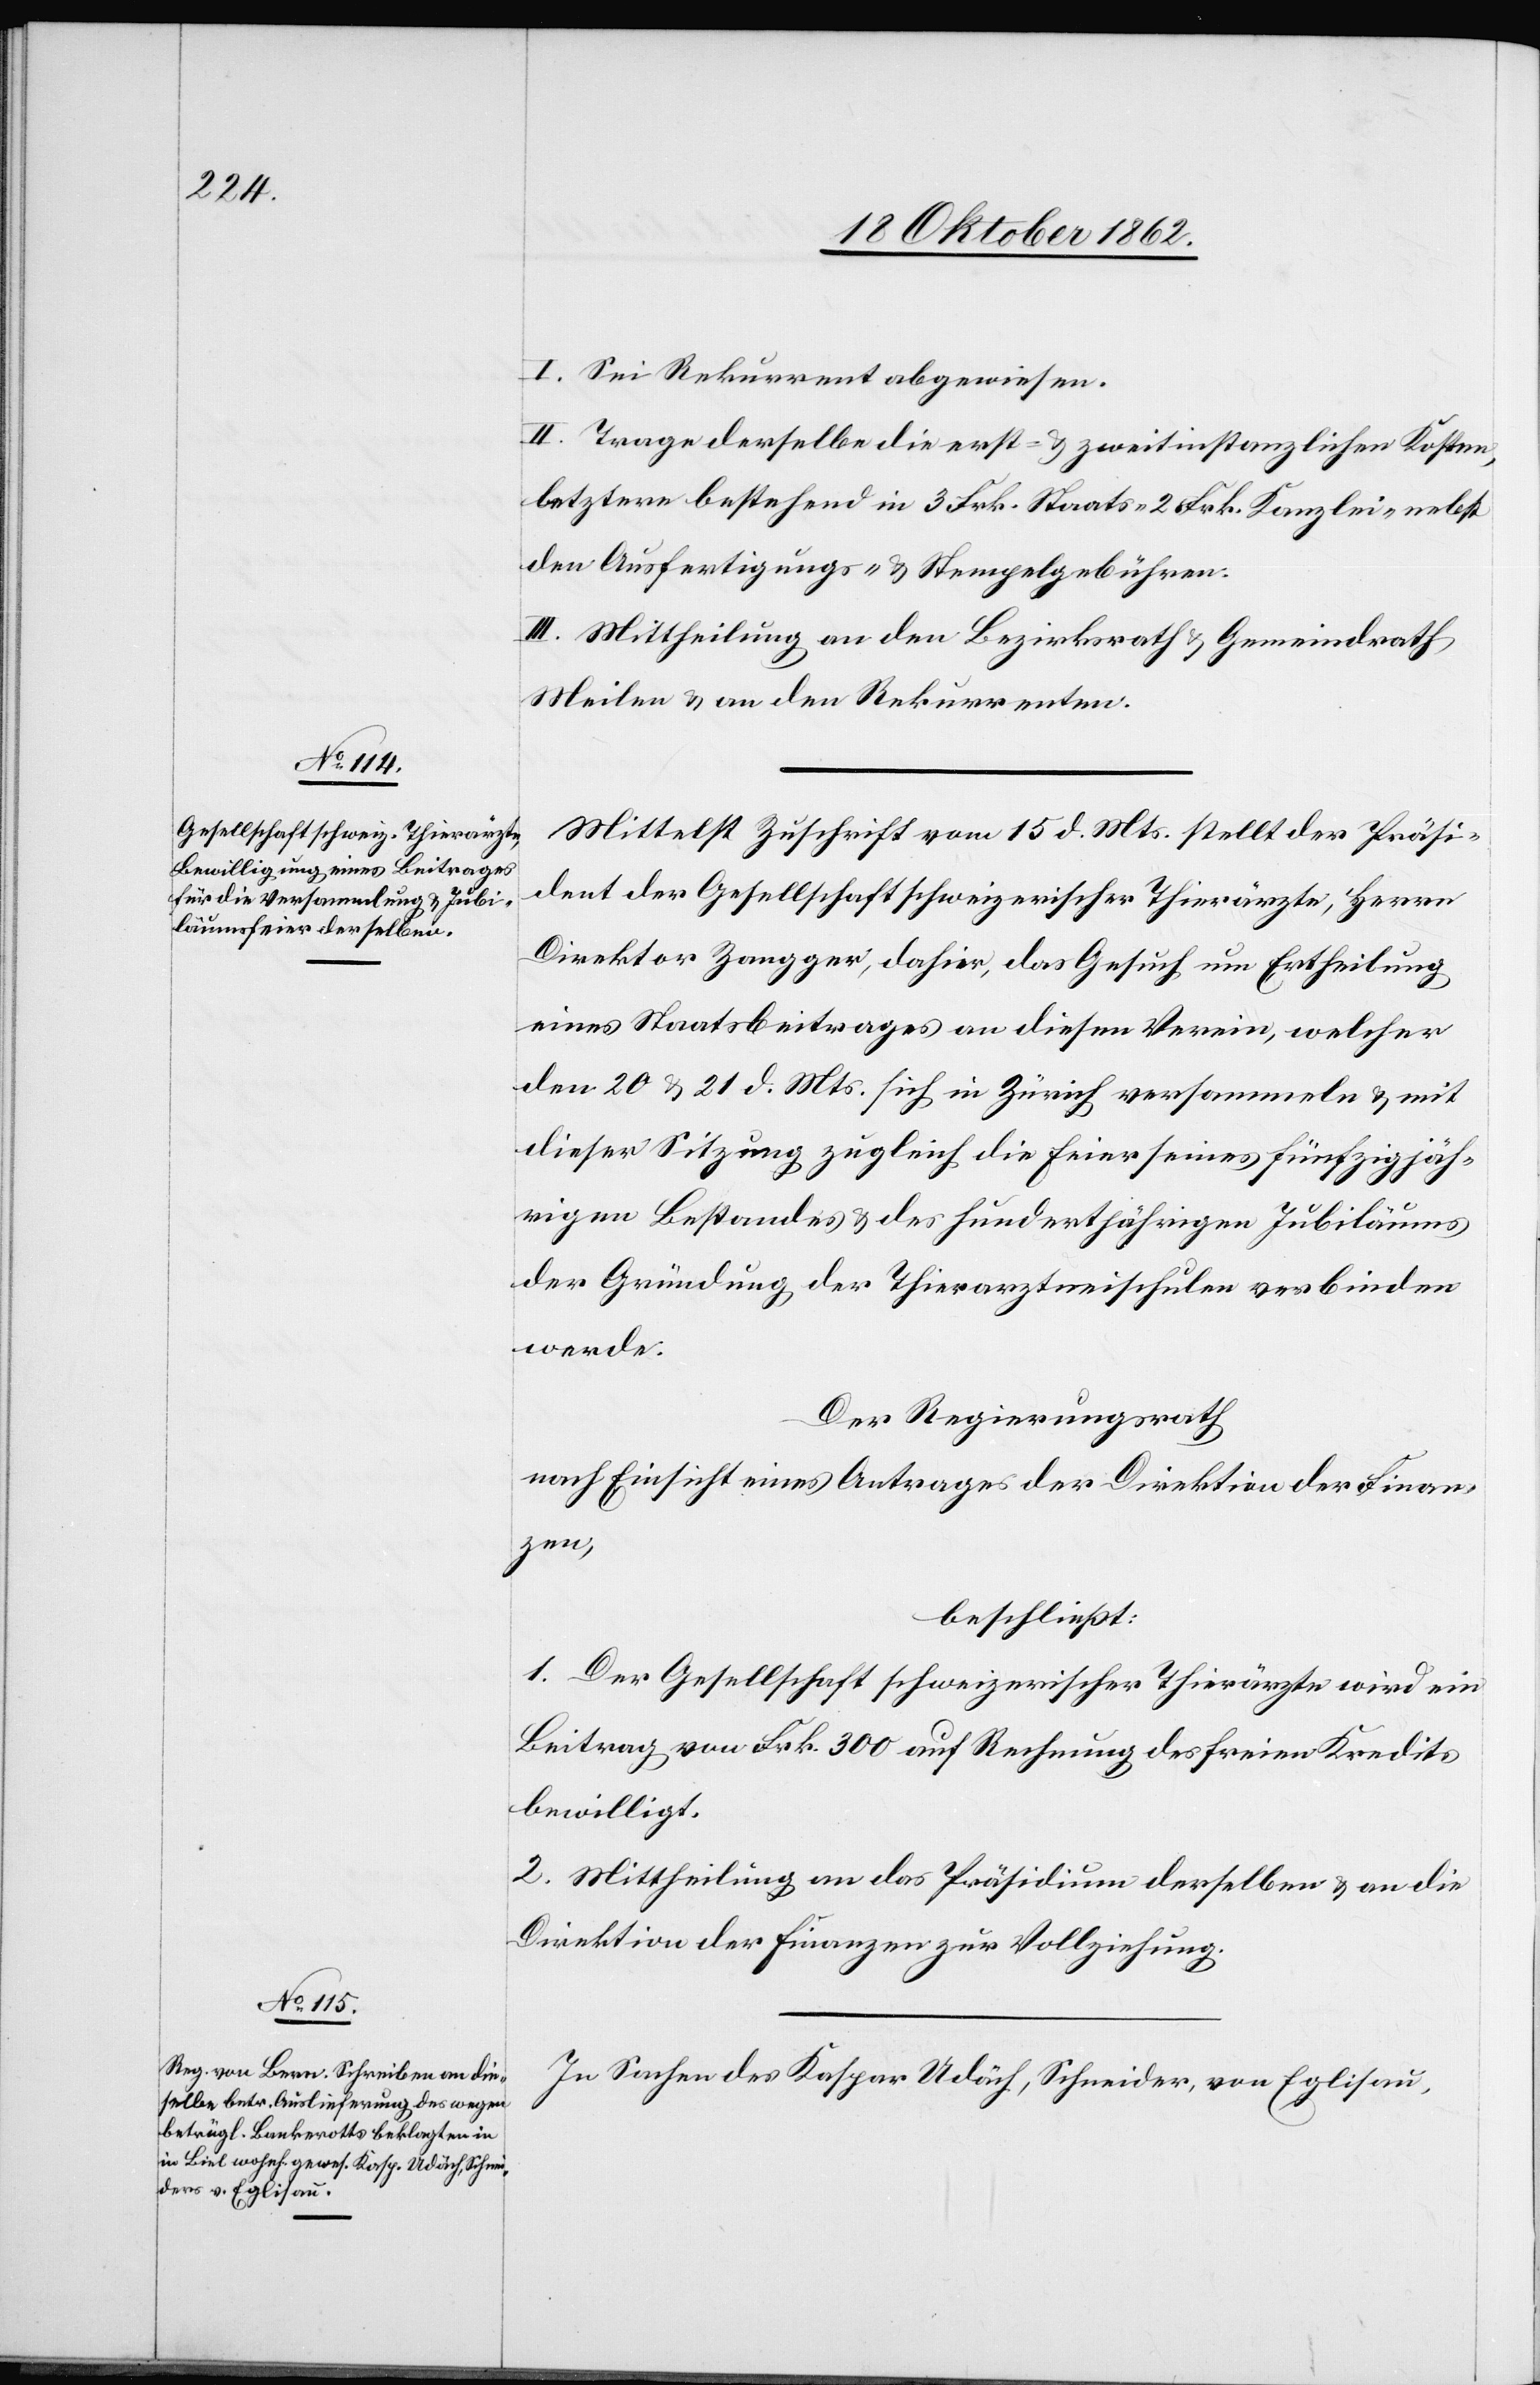
I. Sei Rekurrent abgewiesen.
II. Trage derselbe die erst- u. zweitinstanzlichen Kosten,
letztere bestehend in 3 Frk. Staats-[,] 2 Frk. Kanzlei- nebst
den Ausfertigungs- u. Stempelgebühren.
III. Mittheilung an den Bezirksrath u. Gemeindrath
Meilen u. an den Rekurrenten.
Mittelst Zuschrift vom 15. d. Mts. stellt der Präsi¬
dent der Gesellschaft schweizerischer Thierärzte, Herrn
Direktor Zangger, dahier, das Gesuch, um Ertheilung
eines Staatsbeitrages an diesen Verein, welcher
den 20. u. 21. d. Mts. sich in Zürich versammeln u. mit
dieser Sitzung zugleich die Feier seines fünfzigjäh¬
rigen Bestandes u. des hundertjährigen Jubiläums
der Gründung der Thierarztneischulen verbinden
werde.
Der Regierungsrath
nach Einsicht eines Antrages der Direktion der Finan¬
zen,
beschließt:
1. Der Gesellschaft schweizerischer Thierärzte wird ein
Beitrag von Frk. 300 auf Rechnung des freien Kredits
bewilligt.
2. Mittheilung an das Präsidium derselben u. an die
Direktion der Finanzen zur Vollziehung.
In Sachen des Kaspar Udäch, Schneider, von Eglisau